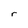
Character: r